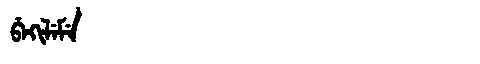
Manchu: ᠪᡝᡴᡳᠯᡝᠮᡝ
Romanization: BEKILEME